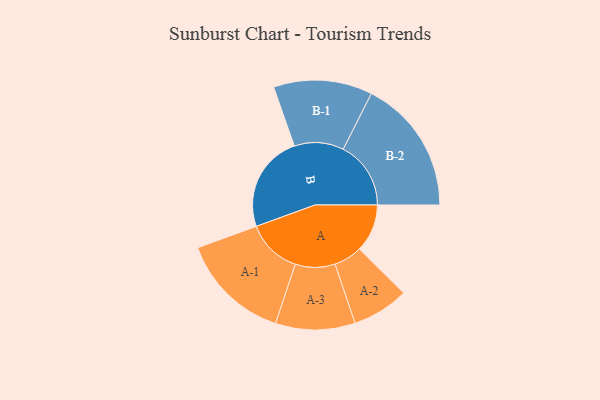
{"axis": {"x": "Segment", "y": "Value"}, "legend": ["", "A", "B"], "data": [{"x": "A", "y": 189, "type": ""}, {"x": "B", "y": 383, "type": ""}, {"x": "A-1", "y": 218, "type": "A"}, {"x": "A-2", "y": 112, "type": "A"}, {"x": "A-3", "y": 157, "type": "A"}, {"x": "B-1", "y": 195, "type": "B"}, {"x": "B-2", "y": 267, "type": "B"}]}